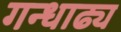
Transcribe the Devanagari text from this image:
गन्धाढ्य